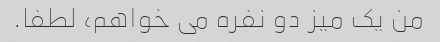
من یک میز دو نفره می خواهم، لطفا.